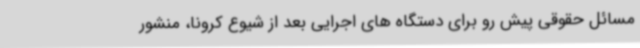
مسائل حقوقی پیش رو برای دستگاه های اجرایی بعد از شیوع کرونا، منشور